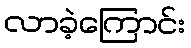
လာခဲ့ကြောင်း